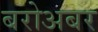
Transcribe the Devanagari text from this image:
बरोअबर